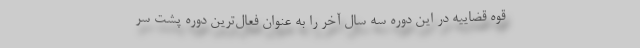
قوه قضاییه در این دوره سه سال آخر را به عنوان فعال‌ترین دوره پشت سر